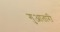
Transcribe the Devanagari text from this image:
गुआतारी